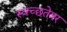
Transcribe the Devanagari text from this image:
स्वच्छतेवर